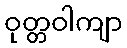
ဝုတ္တဝါကျာ